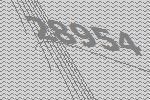
28954